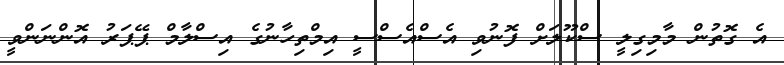
އެ ގޮތުން މާމިގިލީ ސްކޫލަށް ފޮނުވި އެސްއެސްސީ އިމްތިހާނުގެ އިސްލާމް ޕޭޕަރު އޮންނަންވީ